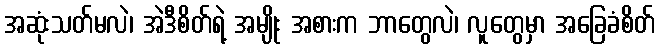
အဆုံးသတ်မလဲ၊ အဲဒီစိတ်ရဲ့ အမျိုး အစားက ဘာတွေလဲ၊ လူတွေမှာ အခြေခံစိတ်